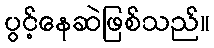
ပွင့်နေဆဲဖြစ်သည်။